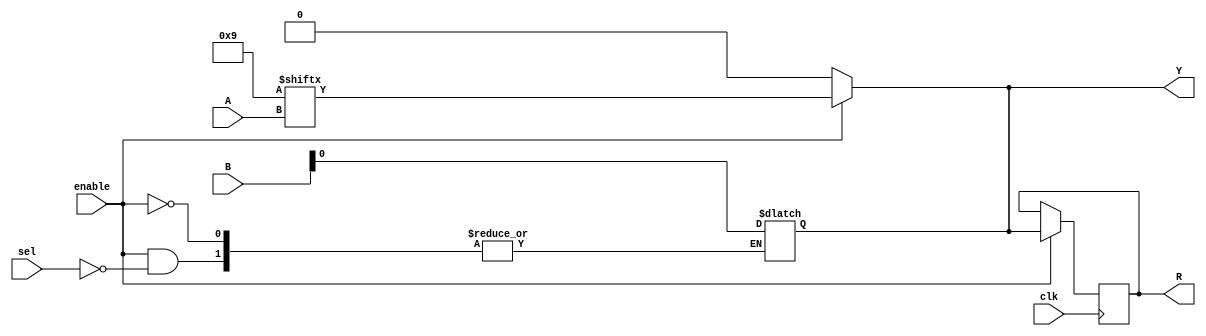
module CLB (
    input wire [3:0] A,          // 4-bit input for LUT
    input wire [3:0] B,          // 4-bit input for MUX
    input wire sel,              // MUX select signal
    input wire enable,           // Enable signal for output
    input wire clk,              // Clock signal for register
    output reg Y,                // Output from LUT/MUX
    output reg R                 // Register output
);

// 4-input LUT implementation
reg [15:0] lut; // 16 possible combinations for 4-input LUT

// Initialize LUT with a sample truth table (example: AND function)
initial begin
    lut = 16'b0000000000000000; // Default to 0
    lut[0] = 1; // A=0, B=0, Output=0
    lut[1] = 0; // A=0, B=1, Output=0
    lut[2] = 0; // A=1, B=0, Output=0
    lut[3] = 1; // A=1, B=1, Output=1
    // Fill in the rest as needed for your truth table
end

// LUT output logic
always @(*) begin
    Y = enable ? lut[A] : 1'b0; // Output based on LUT and enable signal
end

// MUX implementation
always @(*) begin
    if (enable) begin
        Y = sel ? B[0] : Y; // Select between LUT output and B[0]
    end
end

// Register logic (for storing intermediate values)
always @(posedge clk) begin
    if (enable) begin
        R <= Y; // Store LUT/MUX output in register on clock edge
    end
end

endmodule